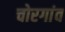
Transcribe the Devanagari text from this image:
चोरगांव